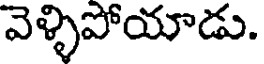
వెళ్ళిపోయాడు.